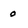
Character: 0